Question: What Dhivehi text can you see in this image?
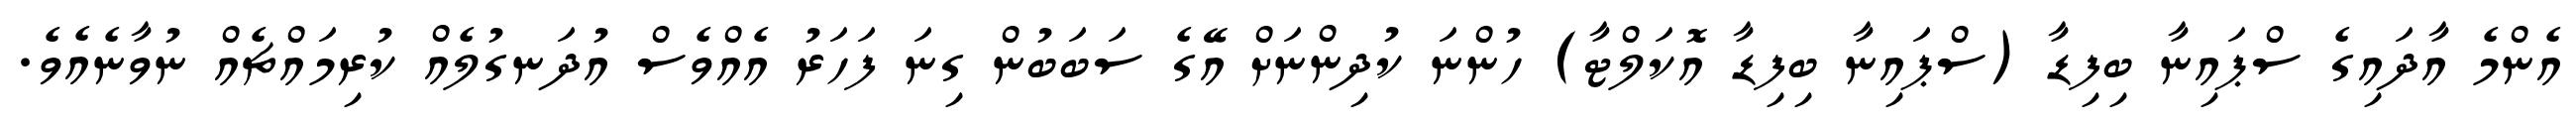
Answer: އެންމެ އާދައިގެ ސްޕައިނާ ބިފިޑާ (ސްޕައިނާ ބިފިޑާ އޮކަލްޓާ) ހުންނަ ކުދިންނަށް އޭގެ ސަބަބުން ގިނަ ފަހަރު އެއްވެސް އުދަނގުލެއް ކުރިމައްޗެއް ނުވާނެއެވެ.